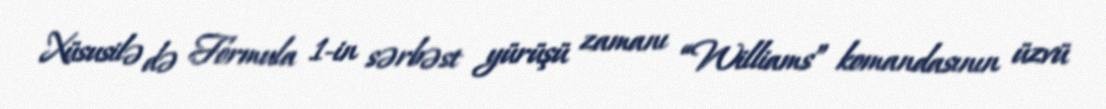
Xüsusilə də Formula 1-in sərbəst yürüşü zamanı “Williams” komandasının üzvü